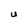
Character: U